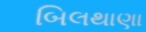
બિલથાણા